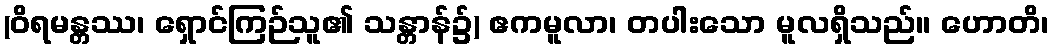
(ဝိရမန္တဿ၊ ရှောင်ကြဉ်သူ၏ သန္တာန်၌) ဧကမူလာ၊ တပါးသော မူလရှိသည်။ ဟောတိ၊